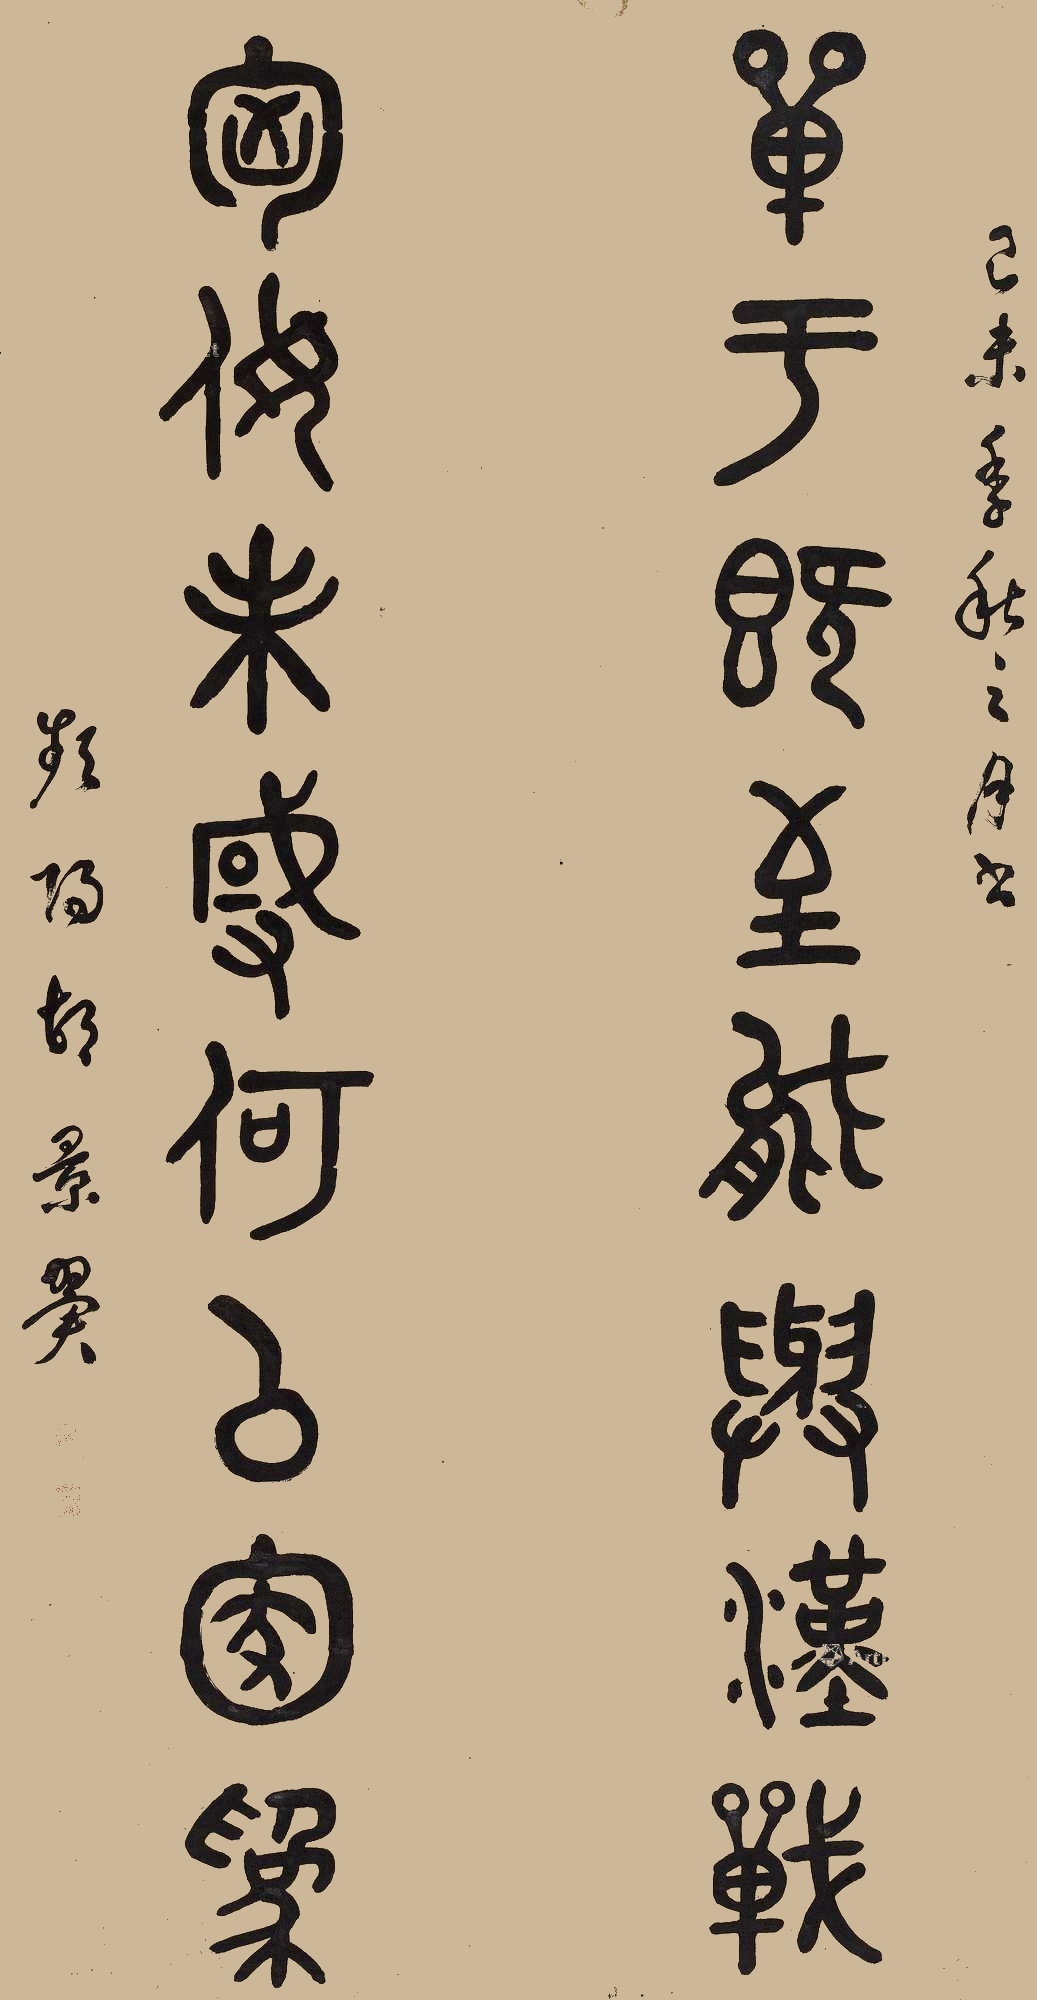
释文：单于既至能与汉战，匈奴未灭何以家为。己未年秋之月书，频阳胡景翼。